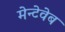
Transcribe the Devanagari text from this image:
मेन्टेवेब